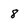
Character: 8